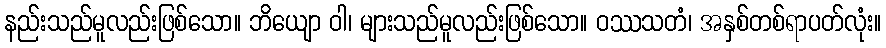
နည်းသည်မူလည်းဖြစ်သော။ ဘိယျော ဝါ၊ များသည်မူလည်းဖြစ်သော။ ဝဿသတံ၊ အနှစ်တစ်ရာပတ်လုံး။